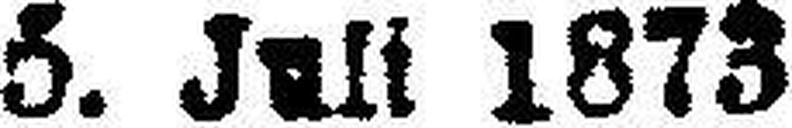
5. Juli 1873